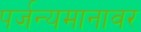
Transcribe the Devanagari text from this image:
पर्जन्यमानावर